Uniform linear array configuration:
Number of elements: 16
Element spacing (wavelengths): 0.5
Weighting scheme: hamming
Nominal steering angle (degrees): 15
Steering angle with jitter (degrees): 13.952
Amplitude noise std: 0.05
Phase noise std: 0.05

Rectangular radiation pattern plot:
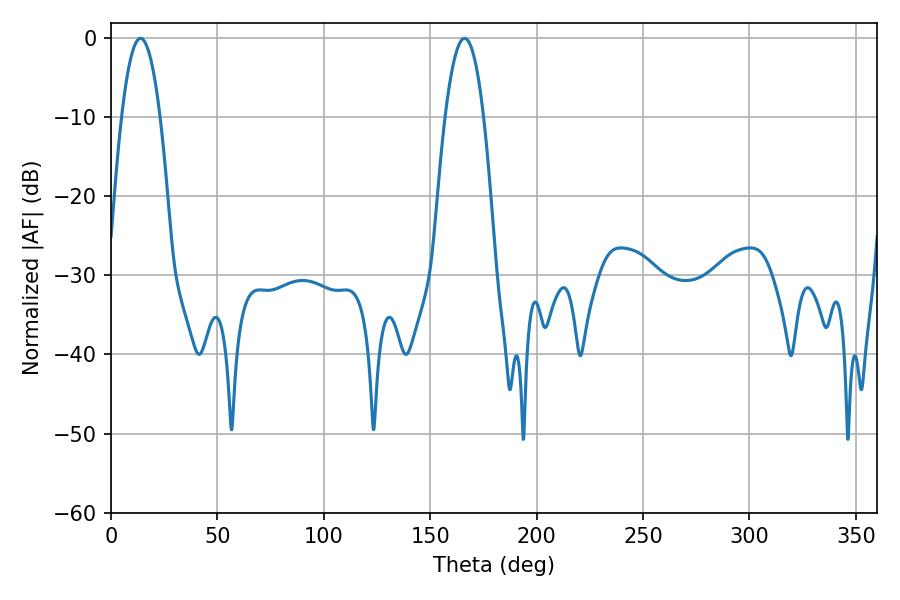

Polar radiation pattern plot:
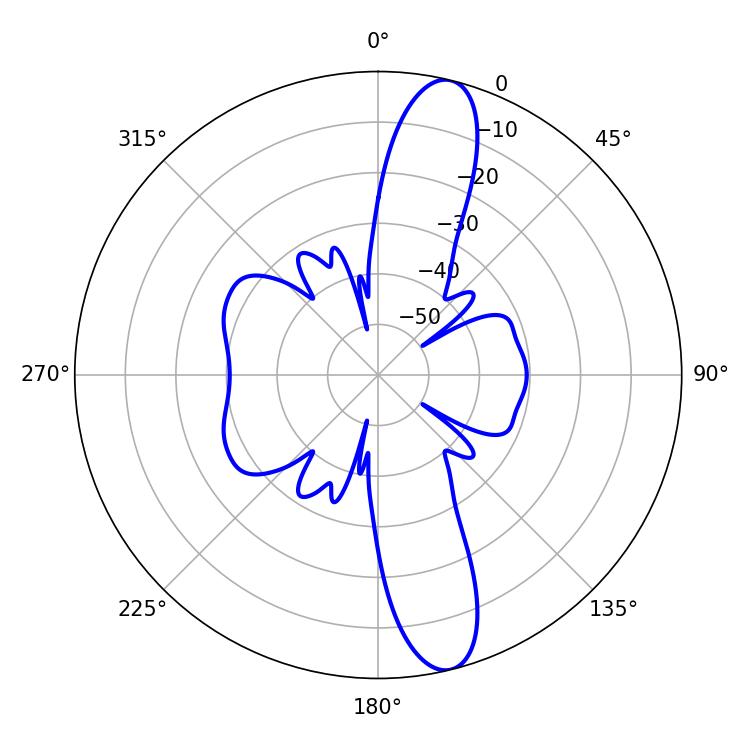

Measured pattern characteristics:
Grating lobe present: FALSE
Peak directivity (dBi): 13.549
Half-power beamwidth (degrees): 9.9
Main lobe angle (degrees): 166.14